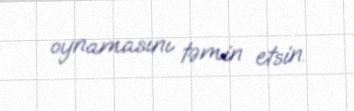
oynamasını təmin etsin.